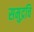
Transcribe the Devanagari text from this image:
समुद्रचि